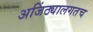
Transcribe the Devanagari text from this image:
अजिंठ्यालगतच